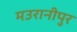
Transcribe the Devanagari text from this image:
मउरानीपुर